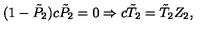
( 1 - \tilde { P } _ { 2 } ) c \tilde { P } _ { 2 } = 0 \Rightarrow c \tilde { T } _ { 2 } = \tilde { T } _ { 2 } Z _ { 2 } ,